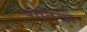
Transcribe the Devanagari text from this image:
पोर्तियो